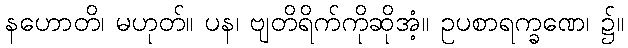
နဟောတိ၊ မဟုတ်။ ပန၊ ဗျတိရိက်ကိုဆိုအံ့။ ဥပစာရက္ခဏေ၊ ၌။